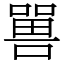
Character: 嘼